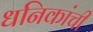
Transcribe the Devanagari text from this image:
धनिकांची